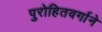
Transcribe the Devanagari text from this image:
पुरोहितवर्गाने